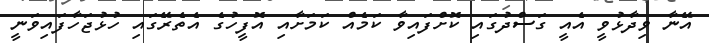
އޭނާ ވިދާޅުވީ އެއީ ގަސްދުގައި ކޮށްފައިވާ ކަމެއް ކަމަށާއި އޮފީހުގެ އެތެރޭގައި ހުޅުޖަހާފައިވަނީ